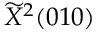
\widetilde { X } ^ { 2 } ( 0 1 0 )